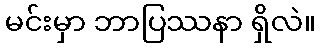
မင်းမှာ ဘာပြဿနာ ရှိလဲ။